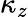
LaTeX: \kappa_{z}